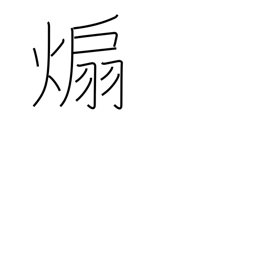
Meaning: instigate